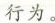
行为。